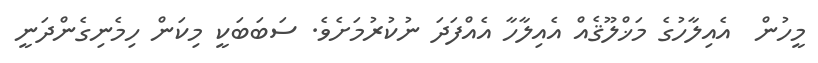
މީހުން  އެއިލާހުގެ މަޚްލޫޤެއް އެއިލާހާ އެއްފަދަ ނުކުރުމަށެވެ. ސަބަބަކީ މިކަން ހިމެނިގެންދަނީ